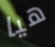
هيا